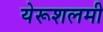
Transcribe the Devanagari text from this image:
येरूशलमी